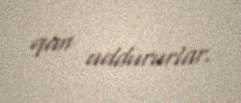
qan uddururlar.